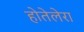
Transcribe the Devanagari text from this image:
होतेलेरा